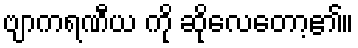
ဗျာကရဏီယ ကို ဆိုလေတော့၏။